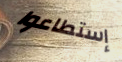
إستطاعوا